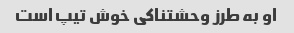
او به طرز وحشتناکی خوش تیپ است